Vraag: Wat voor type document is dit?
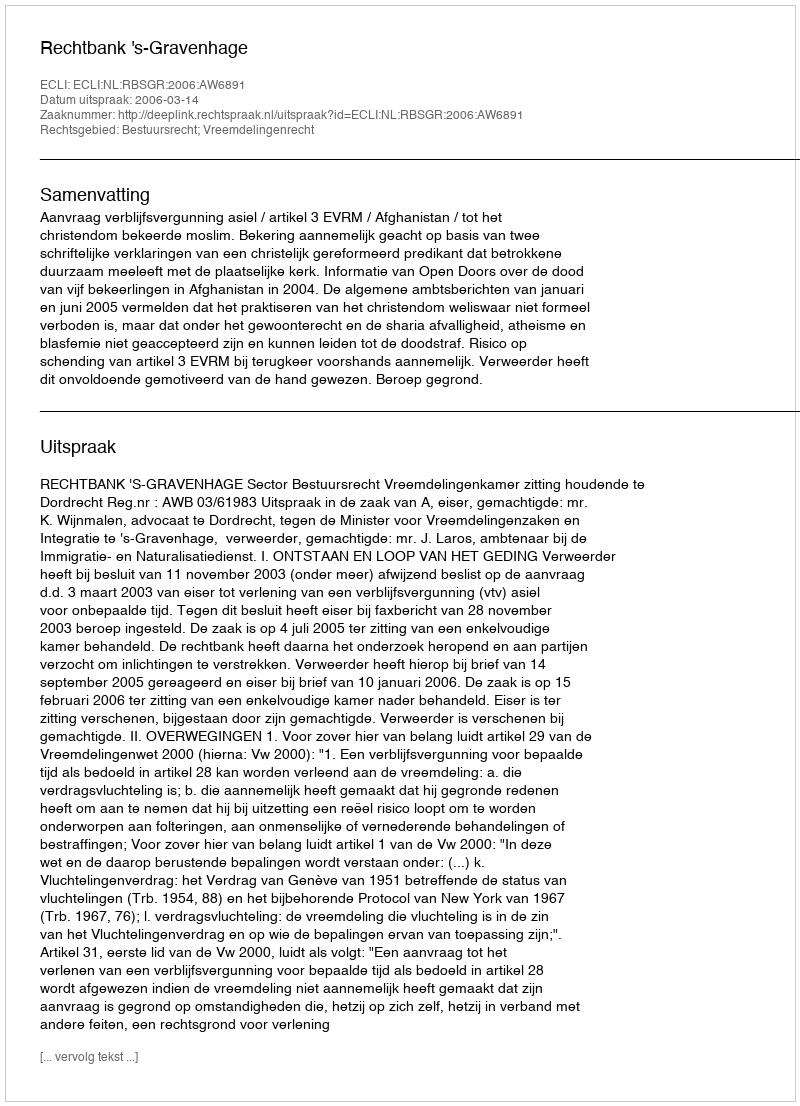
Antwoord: Uitspraak